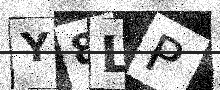
Text: Y8LP